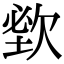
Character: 𣣑